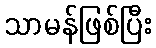
သာမန်ဖြစ်ပြီး